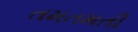
તમતમતી